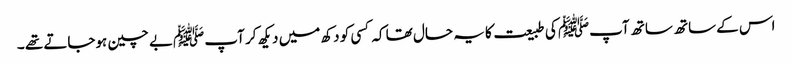
اس کے ساتھ ساتھ آپﷺ کی طبیعت کا یہ حال تھا کہ کسی کو دکھ میں دیکھ کر آپ ﷺبے چین ہوجاتے تھے ۔